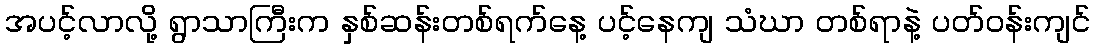
အပင့်လာလို့ ရွာသာကြီးက နှစ်ဆန်းတစ်ရက်နေ့ ပင့်နေကျ သံဃာ တစ်ရာနဲ့ ပတ်ဝန်းကျင်